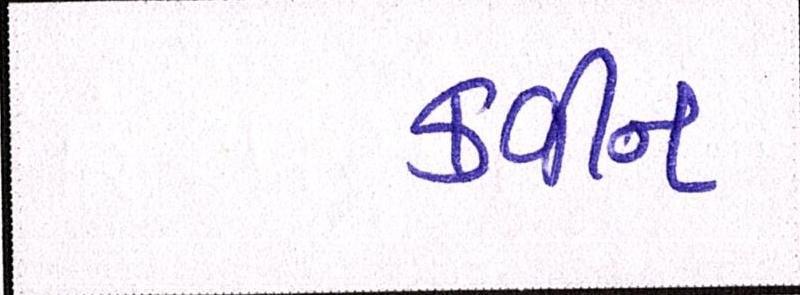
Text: ક્વીન